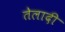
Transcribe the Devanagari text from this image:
तेलादी